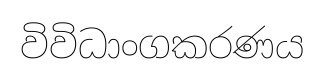
විවිධාංගකරණය